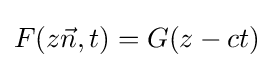
F(z{\vec {n}},t)=G(z-ct)